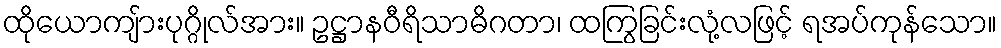
ထိုယောကျ်ားပုဂ္ဂိုလ်အား။ ဥဋ္ဌာနဝီရိသာဓိဂတာ၊ ထကြွခြင်းလုံ့လဖြင့် ရအပ်ကုန်သော။